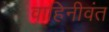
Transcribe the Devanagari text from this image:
वाहिनीवंत